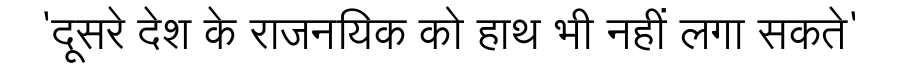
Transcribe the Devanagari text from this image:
'दूसरे देश के राजनयिक को हाथ भी नहीं लगा सकते'